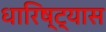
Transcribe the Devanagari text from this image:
धारिष्ट्यास